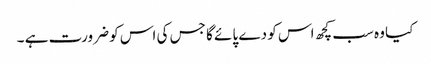
کیا وہ سب کچھ اس کو دے پائے گا جس کی اس کو ضرورت ہے ۔